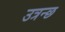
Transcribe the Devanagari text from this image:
उत्रन्छ